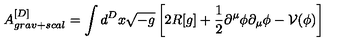
A _ { g r a v + s c a l } ^ { [ D ] } = \int d ^ { D } x \sqrt { - g } \left[ 2 R [ g ] + \frac { 1 } { 2 } \partial ^ { \mu } \phi \partial _ { \mu } \phi - \mathcal { V } ( \phi ) \right]